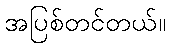
အပြစ်တင်တယ်။